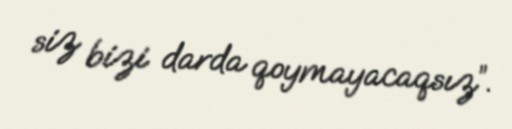
siz bizi darda qoymayacaqsız”.